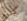
كتوم